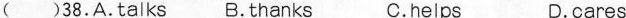
( )38.A.talks B.thanks C.helps D.cares